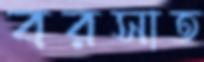
বরসাত